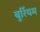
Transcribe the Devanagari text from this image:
बुर्रियम